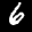
Digit: 6